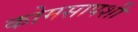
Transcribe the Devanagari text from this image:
कोमसापशी